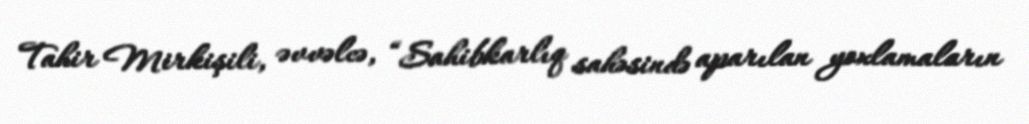
Tahir Mirkişili, əvvəlcə, “Sahibkarlıq sahəsində aparılan yoxlamaların